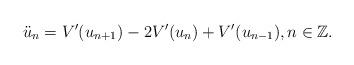
LaTeX: \begin{align*}\ddot{u}_n = V'(u_{n+1}) - 2 V'(u_n) + V'(u_{n-1}),n \in \mathbb{Z}.\end{align*}